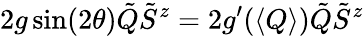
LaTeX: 2g\sin(2\theta)\tilde{Q}\tilde{S}^{z}=2g^{\prime}(\left\langle Q\right\rangle)\tilde{Q}\tilde{S}^{z}